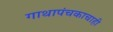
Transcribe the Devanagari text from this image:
गाथापंचकाचाही